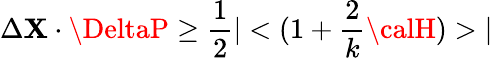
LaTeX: \Delta\mathbf{X}\cdot\DeltaP\geq\frac{{1}}{{2}}|<(1+\frac{{2}}{{k}}{\calH})>|